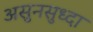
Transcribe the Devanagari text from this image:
असुनसुध्दा